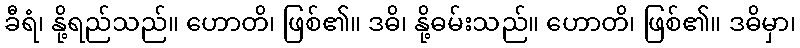
ခီရံ၊ နို့ရည်သည်။ ဟောတိ၊ ဖြစ်၏။ ဒဓိ၊ နို့ဓမ်းသည်။ ဟောတိ၊ ဖြစ်၏။ ဒဓိမှာ၊